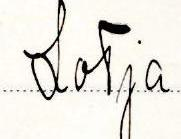
Lotja